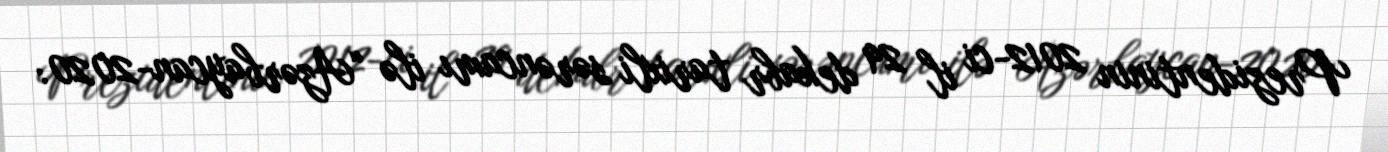
Prezidentinin 2012-ci il 29 dekabr tarixli sərəncamı ilə “Azərbaycan-2020: